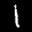
Label: 1